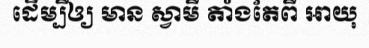
ដើម្បីឲ្យ មាន ស្វាមី តាំងតែពី ឣាយុ